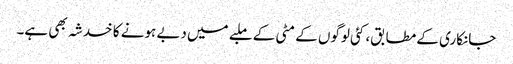
جانکاری کے مطابق، کئی لوگوں کے مٹی کے ملبے میں دبے ہونے کا خدشہ بھی ہے۔